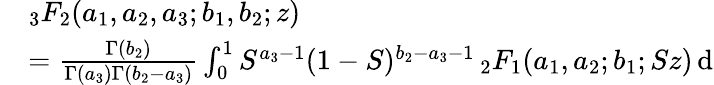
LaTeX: \begin{array}{rl}&{{_3F_{2}}(a_{1},a_{2},a_{3};b_{1},b_{2};z)}\\ &{=\frac{\Gamma(b_{2})}{\Gamma(a_{3})\Gamma(b_{2}-a_{3})}\int_{0}^{1}S^{a_{3}-1}(1-S)^{b_{2}-a_{3}-1}\, {_2F_{1}}(a_{1},a_{2};b_{1};Sz)\, \mathrm{d}}\end{array}